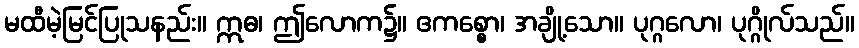
မထီမဲ့မြင်ပြုသနည်း။ ဣဓ၊ ဤလောက၌။ ဧကစ္စော၊ အချို့သော။ ပုဂ္ဂလော၊ ပုဂ္ဂိုလ်သည်။